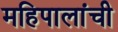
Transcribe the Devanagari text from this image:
महिपालांची